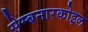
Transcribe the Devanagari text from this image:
सेम्बनारकोइल